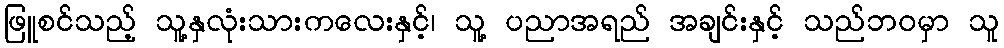
ဖြူစင်သည့် သူ့နှလုံးသားကလေးနှင့်၊ သူ့ ပညာအရည် အချင်းနှင့် သည်ဘဝမှာ သူ